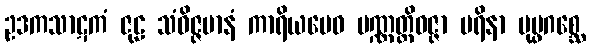
ဥဒကသာဋကံ ဇုဠ သံဝိဇ္ဇမာနံ ကာရိယမေဝ ပဏ္ဏတ္တိဝဇ္ဇာ ပရိနာ ပုပ္ဖဂစ္ဆေ